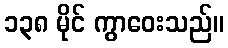
၁၃၈ မိုင် ကွာဝေးသည်။